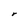
Character: r